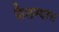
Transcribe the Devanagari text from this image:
फैलण्यास